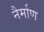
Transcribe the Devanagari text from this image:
नैर्माण